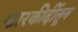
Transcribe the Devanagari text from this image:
कारकीर्दीतून